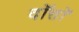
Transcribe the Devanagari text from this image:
दॉत्तॉ